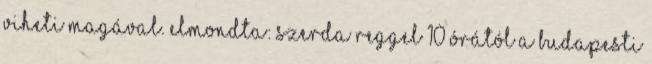
viheti magával. Elmondta: szerda reggel 10 órától a budapesti